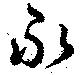
永